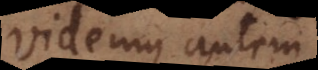
Videmus autem